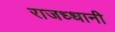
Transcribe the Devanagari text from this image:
राजध्धानी